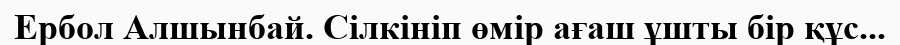
Ербол Алшынбай. Сілкініп өмір ағаш ұшты бір құс...